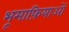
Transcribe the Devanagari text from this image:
भूमाफ़ियाओं